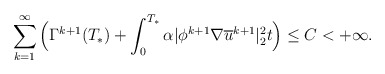
\begin{align*}\sum_{k=1}^{\infty}\Big( \Gamma^{k+1}(T_*)+\int_{0}^{T_*} \alpha|\phi^{k+1}\nabla\overline{u}^{k+1} |^2_2t\Big)\leq C<+\infty.\end{align*}